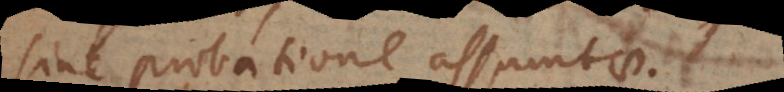
sine probatione assumtae.